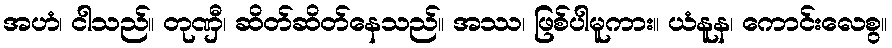
အဟံ၊ ငါသည်။ တုဏှီ၊ ဆိတ်ဆိတ်နေသည်။ အဿ၊ ဖြစ်ပါမူကား။ ယံနူန၊ ကောင်းလေစွ။